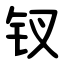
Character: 钗